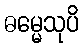
ဓမ္မေသုပိ